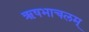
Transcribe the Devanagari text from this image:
ऋषभाचलम्